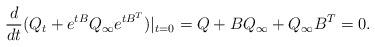
LaTeX: \begin{align*}\frac{d}{dt}(Q_t+e^{tB}Q_{\infty}e^{tB^T})|_{t=0}=Q+BQ_{\infty}+Q_{\infty}B^T=0.\end{align*}